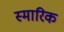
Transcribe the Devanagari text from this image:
स्मारिक